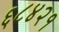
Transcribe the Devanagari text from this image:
६८४२१